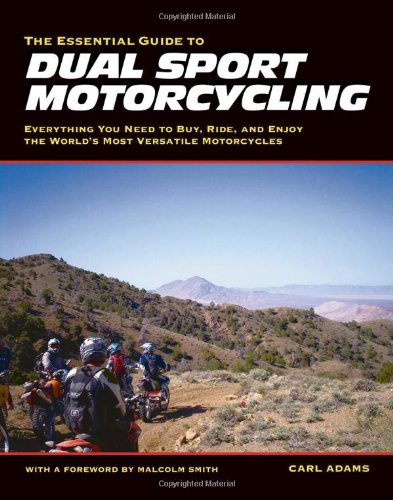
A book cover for The Essential Guide to Dual Sport Motorcycling: Everything You Need to Buy, Ride, and Enjoy the World's Most Versatile Motor; Carl Adams; Sports & Outdoors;